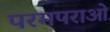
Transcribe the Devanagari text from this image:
परमपराओ